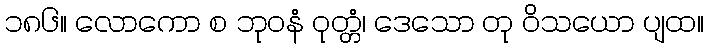
၁၈၆။ လောကော စ ဘုဝနံ ဝုတ္တံ၊ ဒေသော တု ဝိသယော ပျထ။